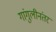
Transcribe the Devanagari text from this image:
गांगुलीनंतर